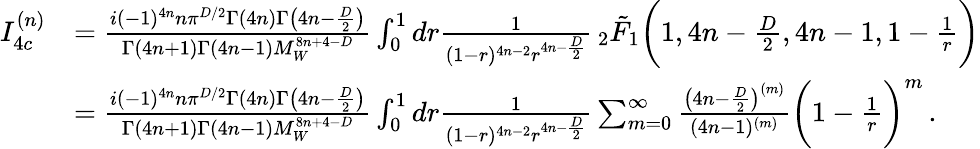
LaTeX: \begin{array}{rl}{I_{4c}^{(n)}}&{=\frac{i(-1)^{4n}n\pi^{D/2}\Gamma(4n)\Gamma\big(4n-\frac{D}{2}\big)}{\Gamma(4n+1)\Gamma(4n-1)M_{W}^{8n+4-D}}\int_{0}^{1}dr\frac{1}{(1-r)^{4n-2}r^{4n-\frac{D}{2}}}\, _{2}\tilde{F}_{1}\bigg(1,4n-\frac{D}{2},4n-1,1-\frac{1}{r}\bigg)}\\ &{=\frac{i(-1)^{4n}n\pi^{D/2}\Gamma(4n)\Gamma\big(4n-\frac{D}{2}\big)}{\Gamma(4n+1)\Gamma(4n-1)M_{W}^{8n+4-D}}\int_{0}^{1}dr\frac{1}{(1-r)^{4n-2}r^{4n-\frac{D}{2}}}\sum_{m=0}^{\infty}\frac{\big(4n-\frac{D}{2}\big)^{(m)}}{(4n-1)^{(m)}}\bigg(1-\frac{1}{r}\bigg)^{m}\, .}\end{array}